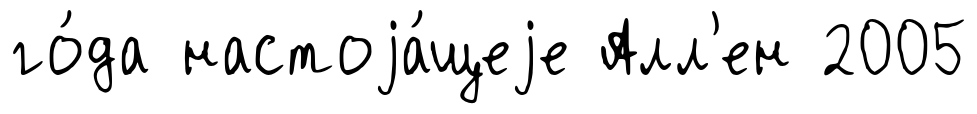
го́да настоjа́щеjе Алл'ен 2005